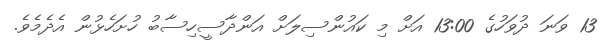
13 ވަނަ ދުވަހުގެ 13:00 އަށް މި ކައުންސިލަށް އަންދާސީހިސާބު ހުށަހެޅުން އެދެމެވެ.